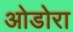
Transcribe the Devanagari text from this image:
ओडोरा